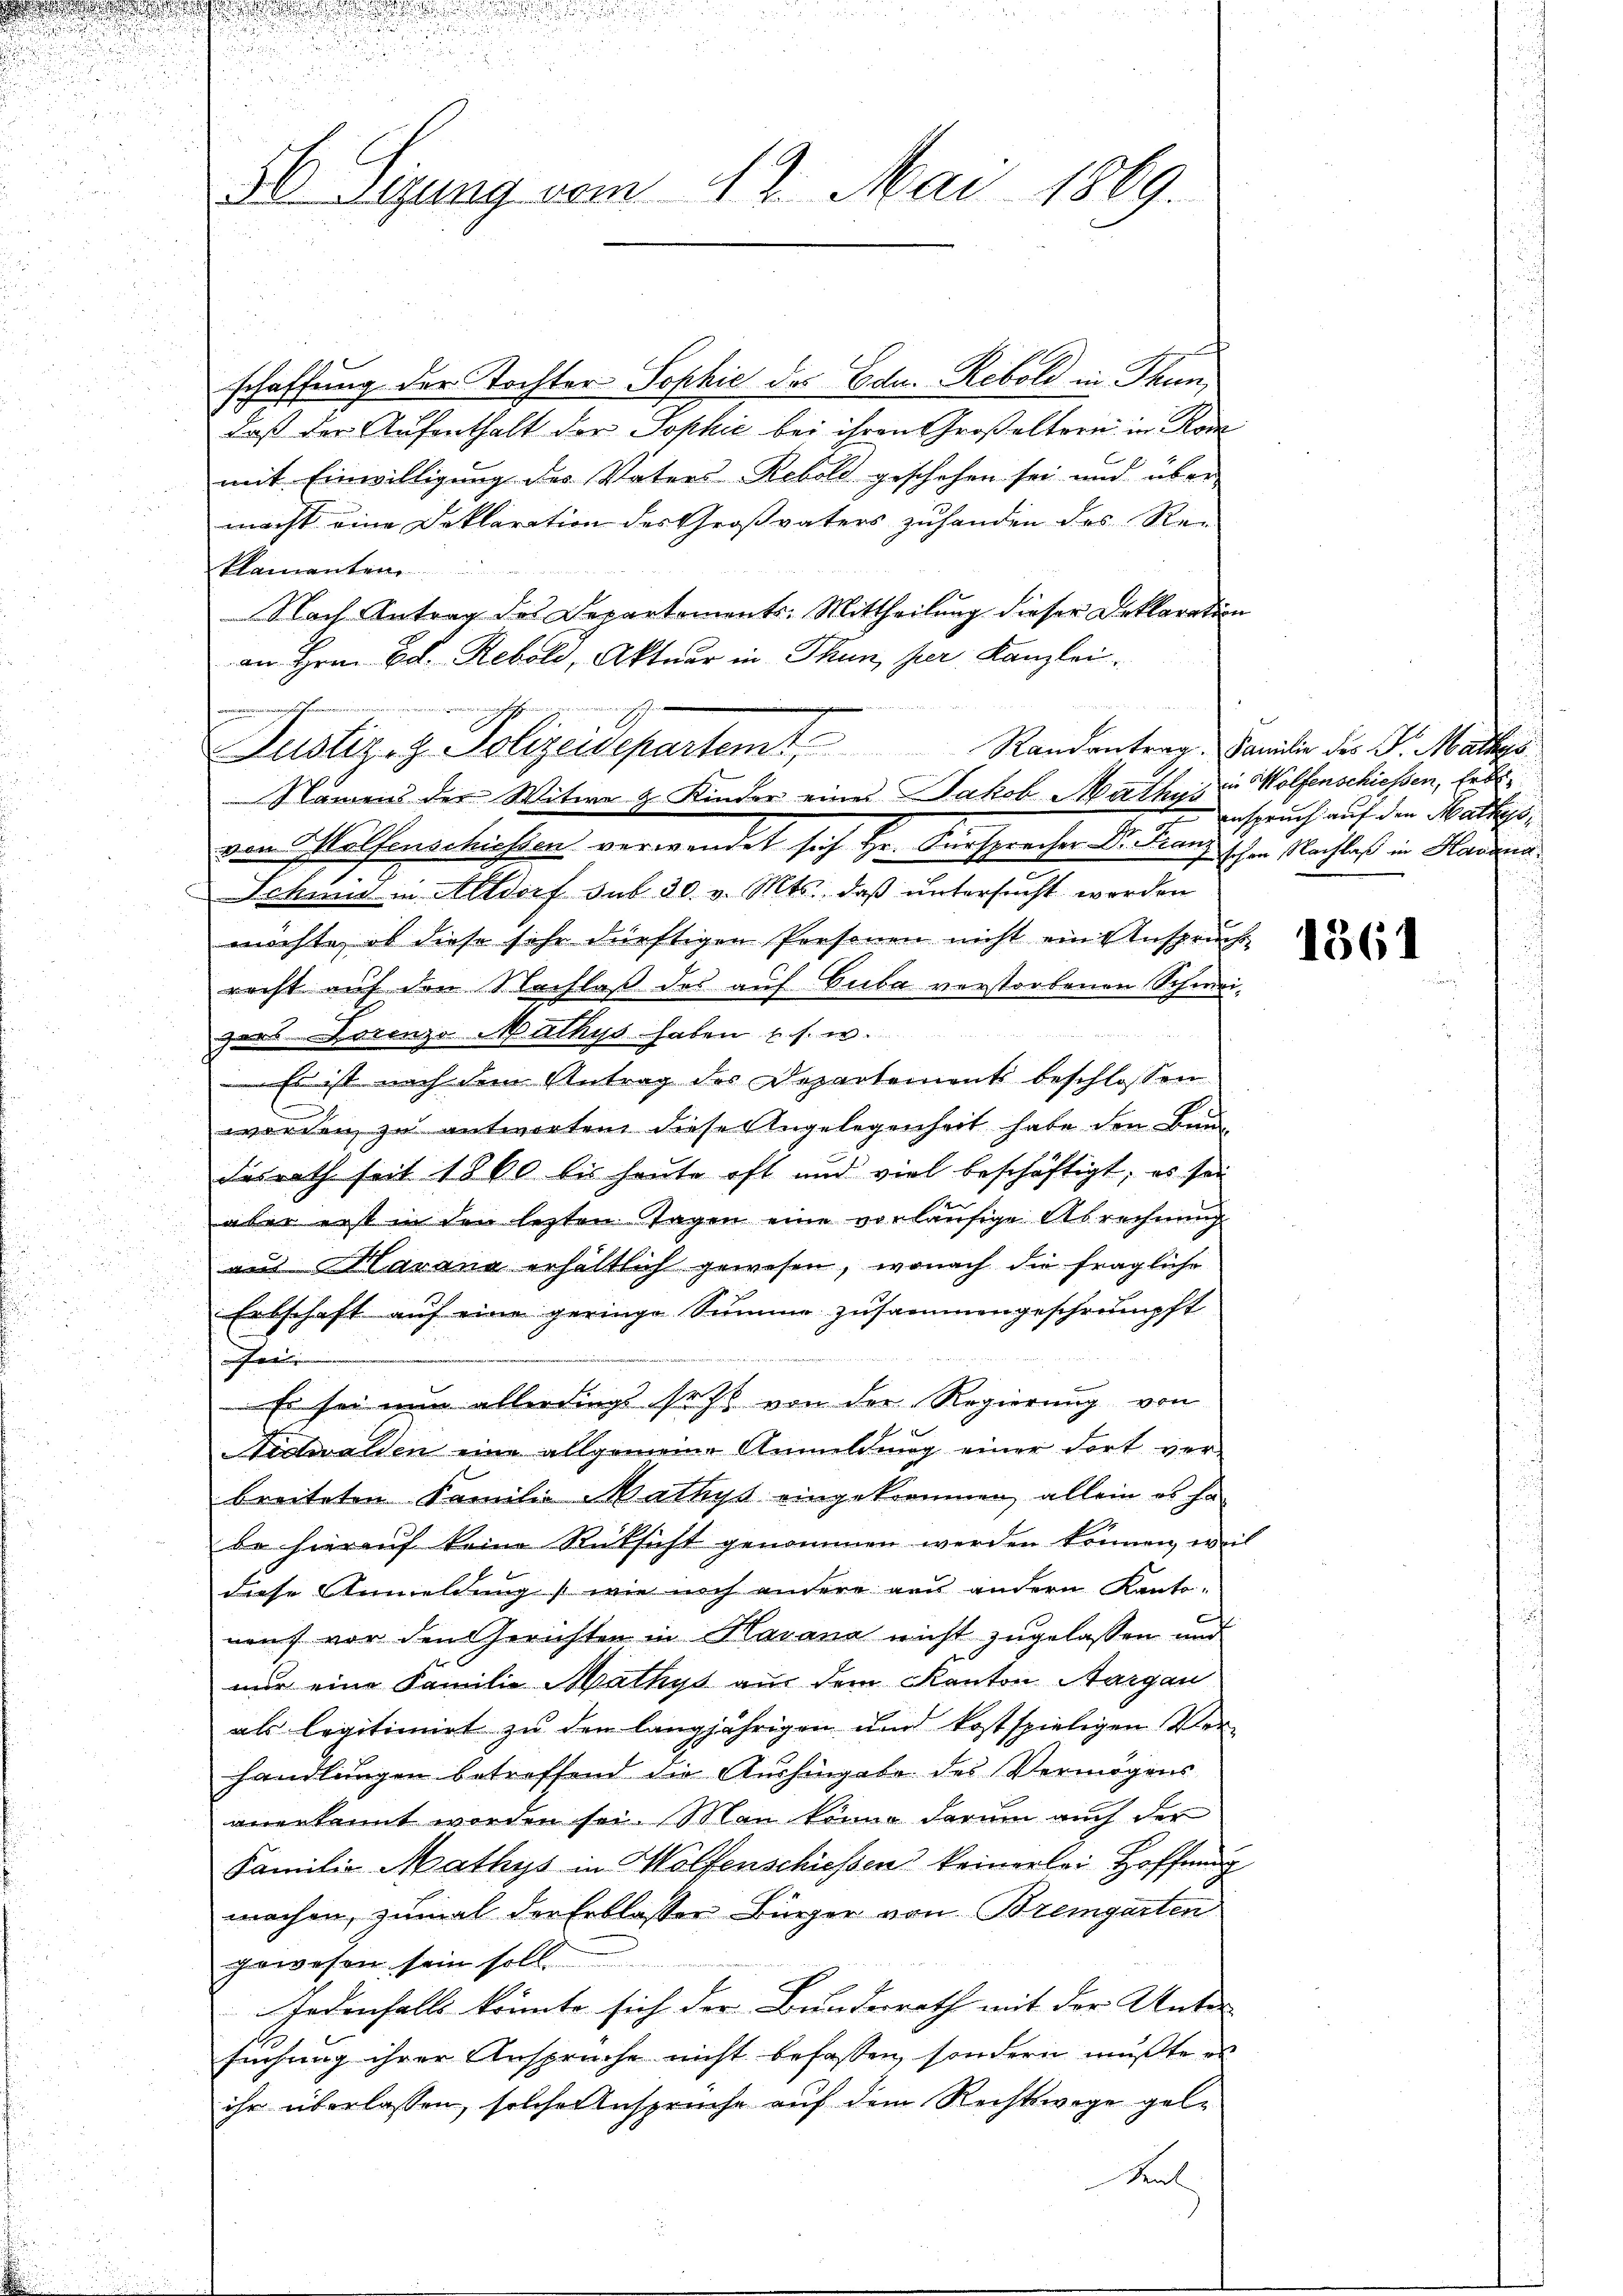
50. Sigung vom 12. Mai 1869.

schaffung der Tochter Sophie das Edu. Rebold in Thun,
daß der Aufenthalt der Sophić bei ihren Großeltern in Rode
mit Einwilligung des Vaters-Rebold geschehen sei und über
macht eine Deklaration des Großvaters zuhanden des Re-
klamanten
Nach Antrag des Departements-Mittheilung dieser Deklaratio
an Hrn. Bd. Rebold, Aktuar in Thun her Kanzlei
von Wolfenschiessen verwendet sich Hr. Fürsprecher Dr. Franzischen Nachlaß in Harina
Schmid in Altdorf sub 30. v. Mts., daβ ŭntersucht werden
möchte, ob diese sehr dürftigen Personen nicht ein Ansprüc
recht auf den Nachlaß des auf Cuba verstorbenen Schmei-
zers Lorenzo Mathys haben u. s. w.
 Es ist nach dem Antrag des Departements beschlossen
worden zu antworten diese Angelegenheit habe den Bau
Ferrath seit 1860 bis heute oft und viel beschäftigt; es sei
aber erst in den lezten Tagen eine vorläufige Abrechnung
aus Karana erhältlich gewesen, wonach die fragliche
Erbschaft auf eine geringe Summe zusammengeschrämpft
f |
 Es sei nun allerdings setzt von der Regierung von
Nidwalden eine allgemeine Anmeldung einer dort ver-
breiteten Familie Mathys eingekommen, allein es ha
be hieraŭf keine Rücksicht genommen werden können, we
diese Anmeldung wie noch andere aus andern Kanto-
6
nauf vor den Gerichten in Havana nicht zugelassen und
nur eine Familie Mathys aus dem Kanton Aargau
als legitimirt zu den langjährigen und kostspieligen Verhandlungen betreffend die Aushingabe des Vermögens
anerkannt worden sei. Man könne darum auch der
Familie Mathys in Wolfenschiessen keinerlei Hoffnung
machen, zumal der Erblasser Bürger von Bremgarten
gewesen sein soll
Jedenfalls könnte sich der Bundesrath mit der Unter-
suchung ihrer Anspruche nicht befassen, sondern mußte es
ihr überlassen, solcher Ansprüche auf dem Rechtswege gel¬
Kal

Justiz- & Polizeidepartemt Randantrag. Familie des Dr. Matro
Namens der Witwe & Kinder eines Jakob Mathys Brauch auf den Mattes¬

in Wolfenschiessen, Erbl

1361